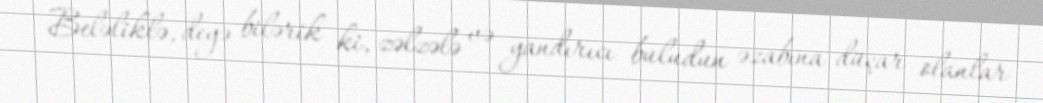
Beləliklə, deyə bilərik ki, zəlzələ və yandırıcı buludun əzabına düçar olanlar